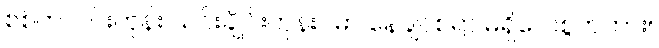
စစ်တလင်းကုန်း သင်းချိုင်းကုန်းပမာ နေချင်စရာ မရှိလေစွတကား။